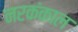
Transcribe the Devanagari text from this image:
नरकंकाल